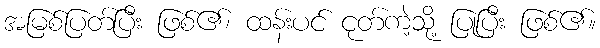
အမြစ်ပြတ်ပြီး ဖြစ်၏၊ ထန်းပင် ငုတ်ကဲ့သို့ ပြုပြီး ဖြစ်၏။